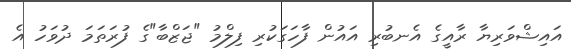
އައިޝްވަރިޔާ ރާއީގެ އެނބުރި އައުން ފާހަގަކުރި ފިލްމު "ޖަޒްބާ"ގެ ފުރަތަމަ ދުވަހު އެ